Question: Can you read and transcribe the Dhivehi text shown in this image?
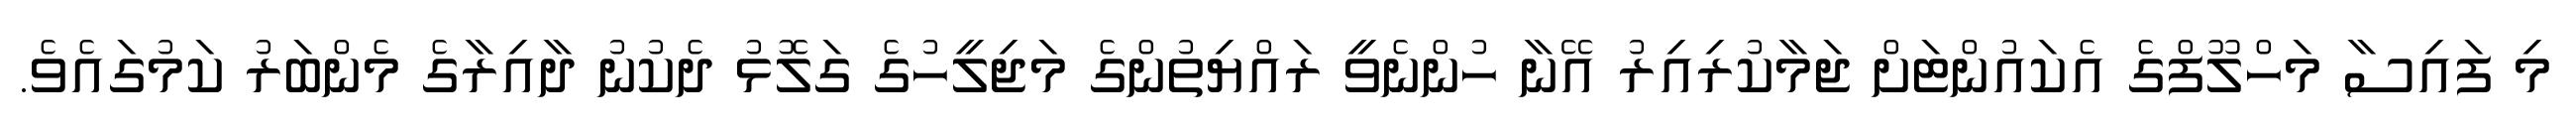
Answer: މި ފައިސާ މަހްލޫފްގެ އެކައުންޓަށް ޖަމާކުރިއިރު އޭނާ ހުންނެވީ ރައްޔިތުންގެ މަޖިލީހުގެ ގަލޮޅު ދެކުނު ދާއިރާގެ މެންބަރު ކަމުގައެވެ.